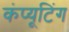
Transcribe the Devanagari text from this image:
कंप्‍यूटिंग